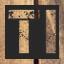
TI